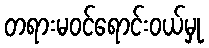
တရားမဝင်ရောင်းဝယ်မှု